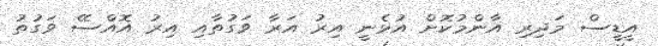
އީޑީސް މަދިރި އާންމުކޮށް އުޅެނީ އިރު އަރާ ވަގުތާއި އިރު އޮއްސޭ ވަގުތު